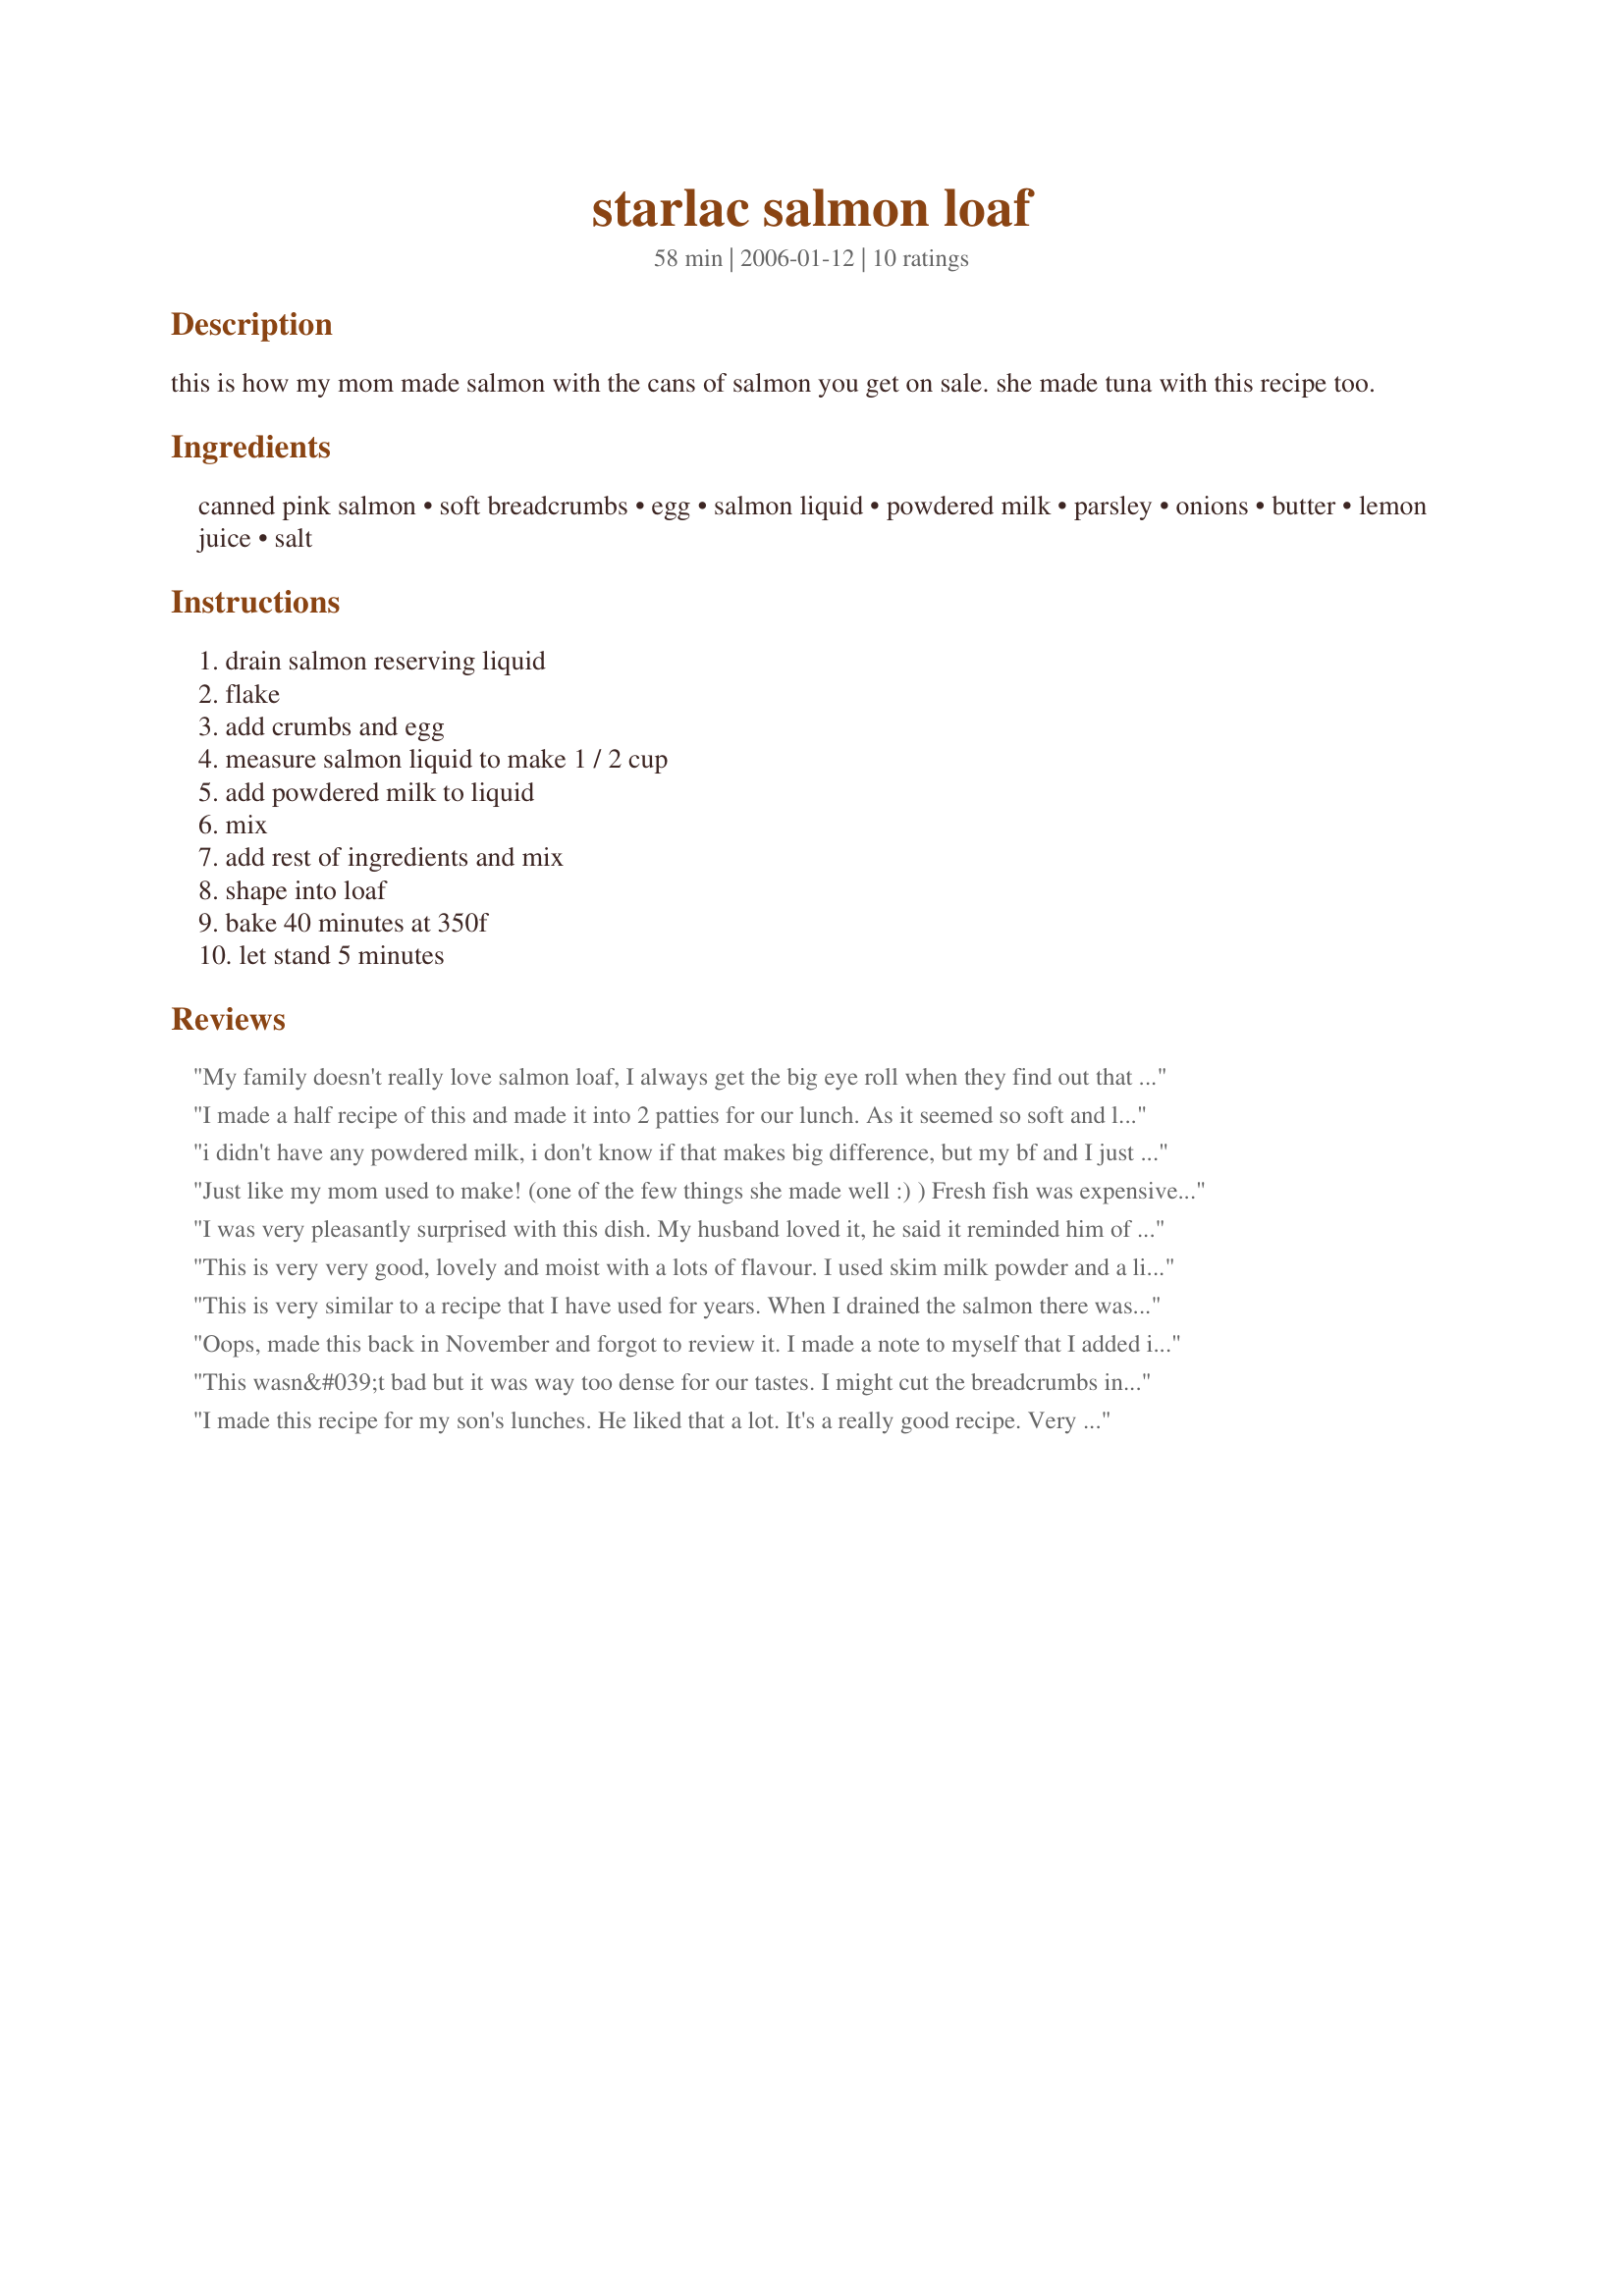
starlac salmon loaf
Preparation time: 58 minutes

this is how my mom made salmon with the cans of salmon you get on sale. she made tuna with this recipe too.

Ingredients:
canned pink salmon, soft breadcrumbs, egg, salmon liquid, powdered milk, parsley, onions, butter, lemon juice, salt

Steps:
drain salmon reserving liquid, flake, add crumbs and egg, measure salmon liquid to make 1 / 2 cup, add powdered milk to liquid, mix, add rest of ingredients and mix, shape into loaf, bake 40 minutes at 350f, let stand 5 minutes

Reviews:
My family doesn't really love salmon loaf, I always get the big eye roll when they find out that it's for dinner. However, everyone finished plates and raved about how good it was. My kids are 7, 5, 3 and 1. It is very challenging to find a recipe that they all love. I did make a couple of small changes, I used 1 large and 1 small can of salmon, 2 eggs, no parsley, onion powder and garlic powder, minced fresh garlic and a lot of dill. It turned out perfect, looks, taste and texture. I served it with Mashed Potatoes W/Olive Oil & Sun-Dried Tomatoes and a spinach salad. Thanks so much Dienia B.
I made a half recipe of this and made it into 2 patties for our lunch. As it seemed so soft and loose (and I wasn't going to bake it) I added 1tbsp of flour and got very nice, moist patties that didn't fall apart. Very tasty and I loved the lemon in them. I cooked them under the broiler so as not to add any fat and they were nicely done at 3 mins per side. Thank you for this tasty and versatile recipe.
i didn't have any powdered milk, i don't know if that makes big difference, but my bf and I just think it tasted so so.
Just like my mom used to make! (one of the few things she made well :) ) Fresh fish was expensive in the 50's, so we had this. For special dinners, she made white sauce and hard-boiled egg slices to top it with. Thanks for posting and bringing back memories!
I was very pleasantly surprised with this dish. My husband loved it, he said it reminded him of seafood "fritters" at the Long Island shore. We had it with a veggie mayo side salad and used some of the spicy, creamy salad topping to dip some of the loaf bites in to. In order to lighten things up some; I used homemade bread crumbs from low cal/low carb. whole wheat bread, seasoned with my friend "Mrs. Dash" - To bind the mix I used egg beaters, my butter was "Smart Balance" and my dry milk was low-fat. This all worked out very well and made me feel a bit less guilty. I have honestly never had anything like this before and never thought I would like canned salmon. I made this for ZWT3 and am loving the new experiences I am discovering!!! Thanks for sharing!
This is very very good, lovely and moist with a lots of flavour. I used skim milk powder and a lite butter. Into my favourite file, thanks for sharing.
This is very similar to a recipe that I have used for years. When I drained the salmon there was not a full 1/2 cup so I added some water. Along with the lemon juice, I added some lemon zest and instead of baking it in the oven, I opted to cook it at 50% power in the microwave for about 18 minutes. A nice moist loaf that went very well with vegetable sides.
Oops, made this back in November and forgot to review it. I made a note to myself that I added in some lemon zest, don't remember how much now. Easy and flavorful. I followed Paula in microwaving it.
This wasn&#039;t bad but it was way too dense for our tastes. I might cut the breadcrumbs in half next time. Otherwise it certainly has potential! Thanks Dienia B......
I made this recipe for my son's lunches. He liked that a lot. It's a really good recipe. Very easy to do. Since I'm use to give the liquid of the salmon to my cats, I forgot to keep it for the recipe. I read it too late. Thanks Dienia :) Made for Zaar Star Game
